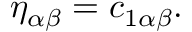
\eta _ { \alpha \beta } = c _ { 1 \alpha \beta } .